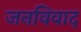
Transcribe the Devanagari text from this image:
जनविवाद